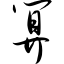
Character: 算